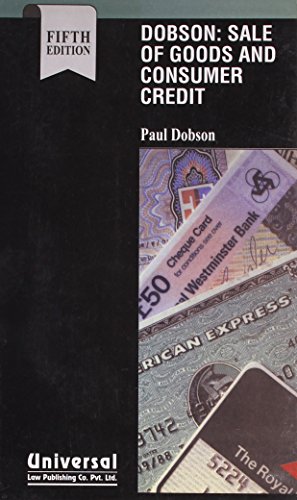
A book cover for Sale of Goods and Consumer Credit; Paul Dobson; Law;